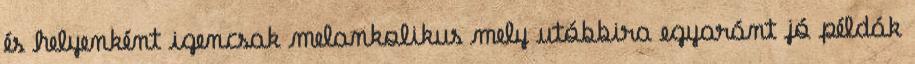
és helyenként igencsak melankolikus mely utóbbira egyaránt jó példák